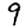
Digit: 9